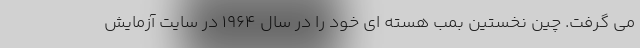
می گرفت. چین نخستین بمب هسته ای خود را در سال 1964 در سایت آزمایش